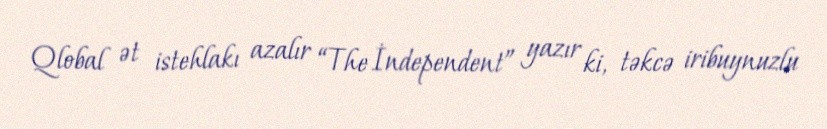
Qlobal ət istehlakı azalır “The İndependent” yazır ki, təkcə iribuynuzlu